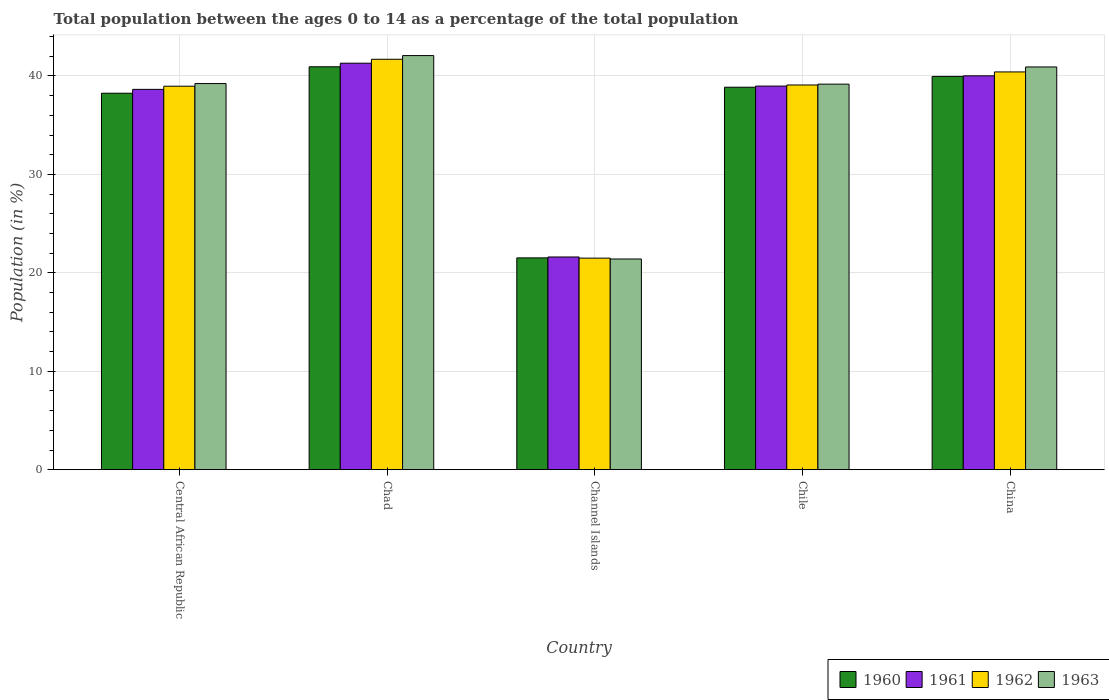
| Country | 1960 | 1961 | 1962 | 1963 |
 | --- | --- | --- | --- | --- |
 | Central African Republic | 38.2 | 38.6 | 39 | 39.2 |
 | Chad | 40.9 | 41.3 | 41.7 | 42.1 |
 | Channel Islands | 21.5 | 21.6 | 21.5 | 21.4 |
 | Chile | 38.9 | 39 | 39.1 | 39.2 |
 | China | 40 | 40 | 40.4 | 40.9 |